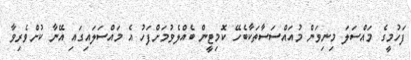
ފަހުމީގެ މައްސަލަ މިނިވަން މުއައްސަސާތަކާބެހޭ ކޮމިޓީން ބެއްލެވުމަށްފަހު އެ މައްސަލައިގައި އޭނާ ކުށްވެރިވާ